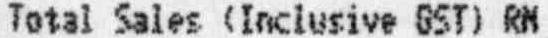
TOTAL SALES (INCLUSIVE GST) RM